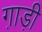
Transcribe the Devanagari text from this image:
गा़ड़ी